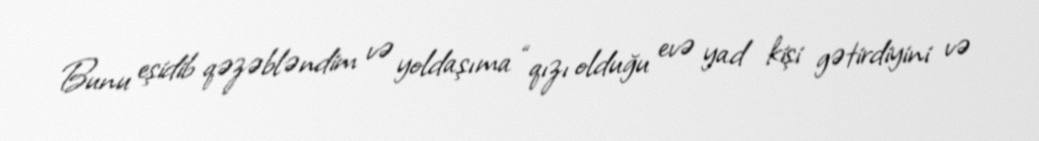
Bunu eşidib qəzəbləndim və yoldaşıma “qızı olduğu evə yad kişi gətirdiyini və